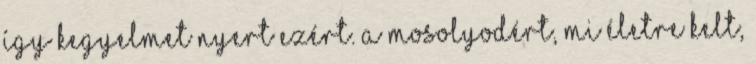
így kegyelmet nyert ezért. a mosolyodért, mi életre kelt,